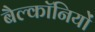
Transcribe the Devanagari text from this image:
बैल्कॉनियों